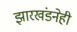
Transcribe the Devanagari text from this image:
झारखंडनेही